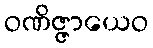
ဝဏိဇ္ဇာယေဝ